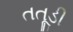
તતૂડી